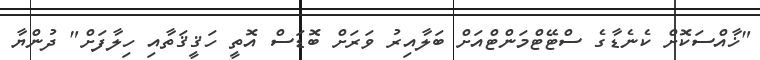
"ޚާއްސަކޮށް ކެނެޑާގެ ސްޓޭޓްމަންޓްއަށް ބަލާއިރު ވަރަށް ބޮޑަސް އޮތީ ހަޤީޤަތާއި ހިލާފަށް" ދުންޔާ